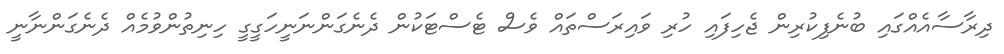
ދިރާސާއެއްގައި ބުނެފިކުރިން ޖެހިފައި ހުރި ވައިރަސްތައް ވެސް ޓެސްޓަކުން ދެނެގަންނަނީހަގީގީ ހިނިތުންވުމެއް ދެނެގަންނާނީ